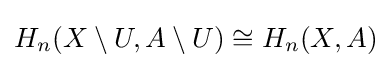
H_{n}(X\setminus U,A\setminus U)\cong H_{n}(X,A)